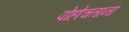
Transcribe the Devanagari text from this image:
पोहोचताना